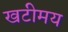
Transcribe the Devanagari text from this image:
खटीमय